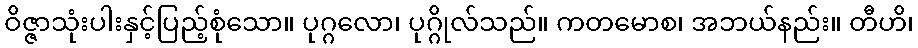
ဝိဇ္ဇာသုံးပါးနှင့်ပြည့်စုံသော။ ပုဂ္ဂလော၊ ပုဂ္ဂိုလ်သည်။ ကတမောစ၊ အဘယ်နည်း။ တီဟိ၊